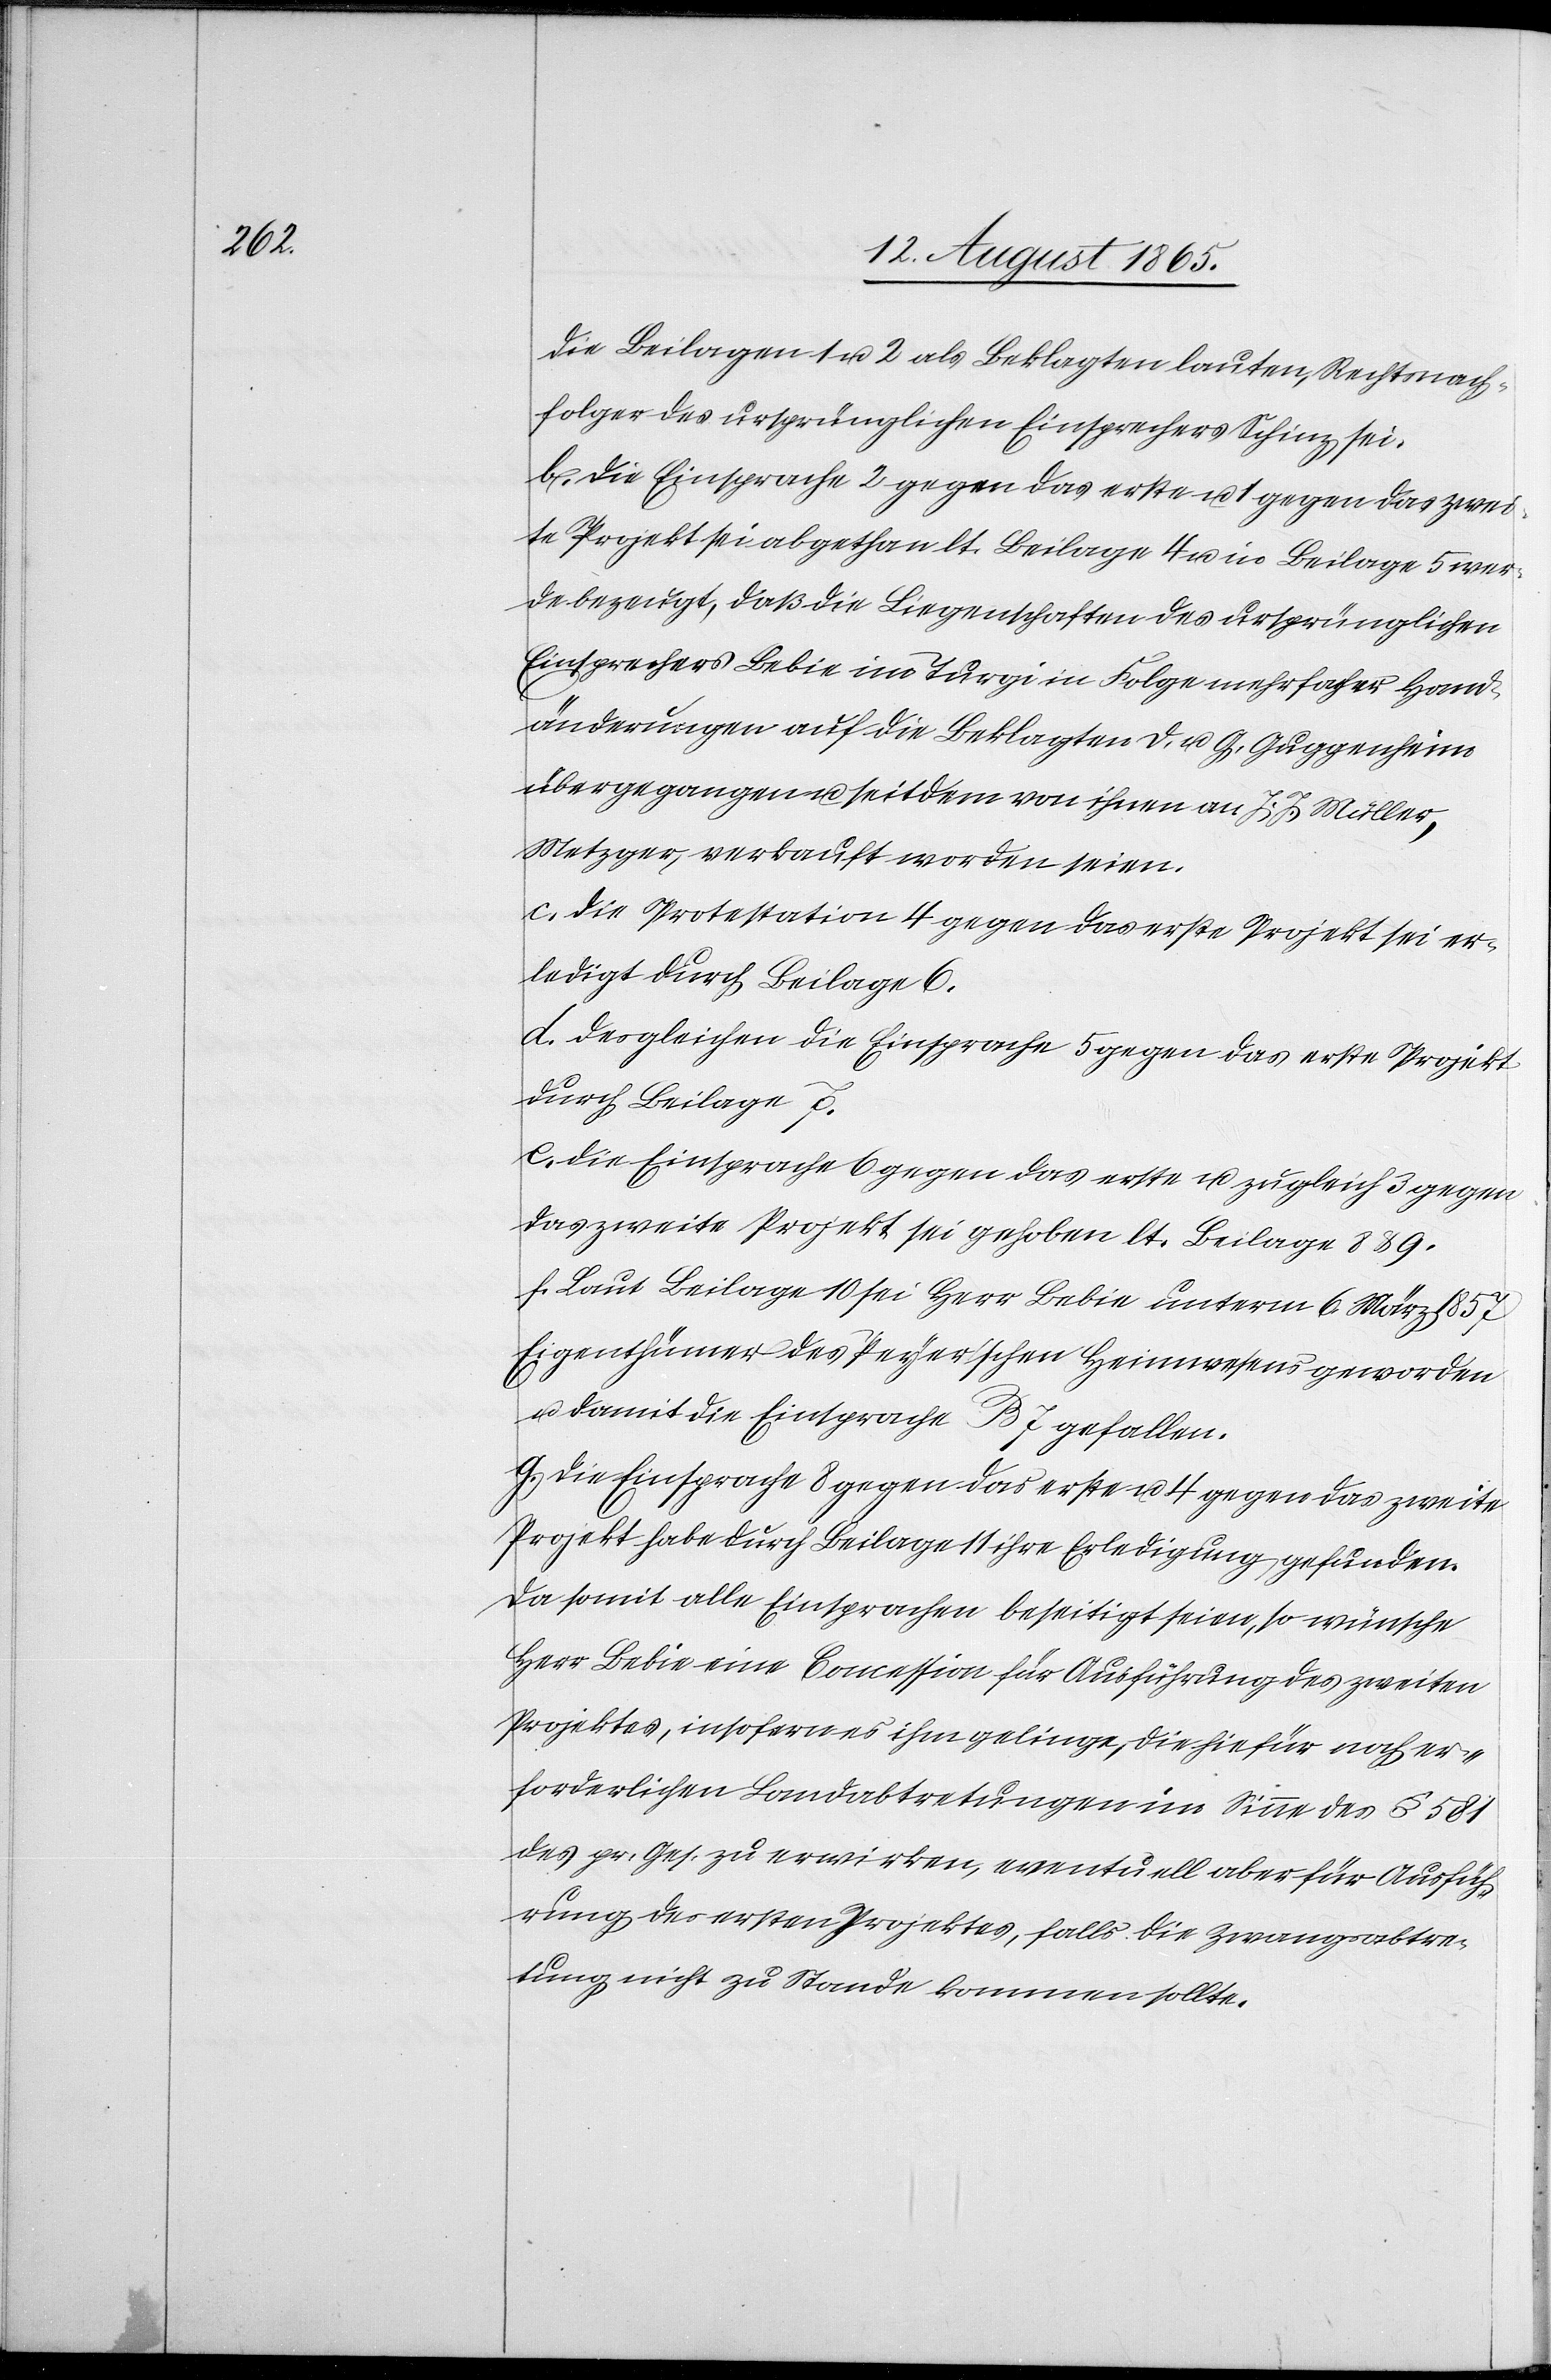
die Beilagen 1 u. 2 als Beklagten lauten, Rechtsnach¬
folger des ursprünglichen Einsprechers Schinz sei.
b. Die Einsprache 2 gegen das erste u. 1 gegen das zwei¬
te Projekt sei abgethan lt. Beilage 4 u. in Beilage 5 wer¬
de bezeugt, daß die Liegenschaften des ursprünglichen
Einsprechers Bebie im Turgi in Folge mehrfacher Hand¬
änderungen auf die Beklagten D. u. G. Guggenheim
übergegangen u. seitdem von ihnen an J. J. Müller,
Metzger, verkauft worden seien.
c. Die Protestation 4 gegen das erste Projekt sei er¬
ledigt durch Beilage 6.
d. Desgleichen die Einsprache 5 gegen das erste Projekt
durch Beilage 7.
e. Die Einsprache 6 gegen das erste u. zugleich 3 gegen
das zweite Projekt sei gehoben lt. Beilage 8 & 9.
f. Laut Beilage 10 sei Herr Bebie unterm 6. März 1857
Eigenthümer des Peyer’schen Heimwesens geworden
u. damit die Einsprache B 7 gefallen.
g. Die Einsprache 8 gegen das erste u. 4 gegen das zweite
Projekt habe durch Beilage 11 ihre Erledigung gefunden.
Da somit alle Einsprachen beseitigt seien, so wünsche
Herr Bebie eine Concession für Ausführung des zweiten
Projektes, insofern es ihm gelinge, die hiefür nach er¬
forderlichen Landabtretungen im Sinne des § 581
des pr. Ges. zu erwirken, eventuell aber für Ausfüh¬
rung des ersten Projektes, falls die Zwangsabtre¬
tung nicht zu Stande kommen sollte.